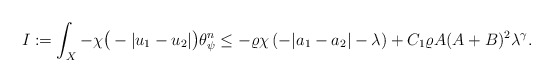
\begin{align*}I:=\int_X -\chi\big(-|u_1- u_2|\big) \theta_\psi^n \le -\varrho \chi\left(-|a_1-a_2|-\lambda\right)+C_1\varrho A(A+B)^2\lambda^{\gamma}.\end{align*}